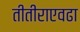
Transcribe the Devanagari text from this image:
तीतीराएवढा